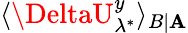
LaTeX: \langle\DeltaU_{\lambda^{*}}^{y}\rangle_{B|\mathbf{A}}